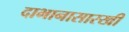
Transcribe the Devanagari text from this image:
दाभानासारखी